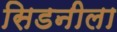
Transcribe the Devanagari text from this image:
सिडनीला